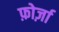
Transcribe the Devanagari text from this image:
फ़ोर्ज़ा